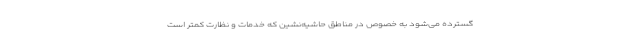
گسترده می‌شود به خصوص در مناطق حاشیه‌نشین که خدمات و نظارت کمتر است